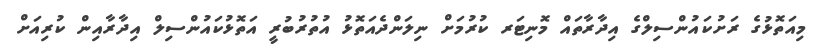
މިއަތޮޅުގެ ރަށުކައުންސިލްގެ އިދާރާތައް މޮނިޓަރ ކުރުމަށް ނިލަންދެއަތޮޅު އުތުރުބުރީ އަތޮޅުކައުންސިލް އިދާރާއިން ކުރިއަށް